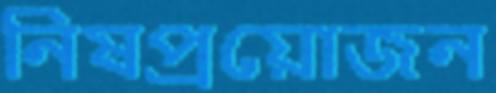
নিষপ্রয়োজন